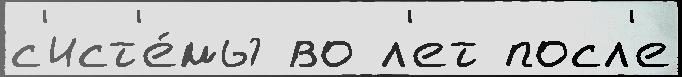
с'ист'е́мы во л'ет посл'е